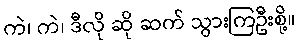
ကဲ၊ ကဲ၊ ဒီလို ဆို ဆက် သွားကြဦးစို့။